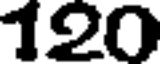
120